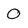
Character: 0